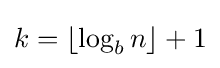
k=\lfloor \log _{b}n\rfloor +1